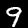
Label: 9